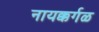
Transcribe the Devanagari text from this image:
नायक्कर्गळ